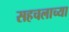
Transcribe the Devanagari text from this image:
सहचलाच्या